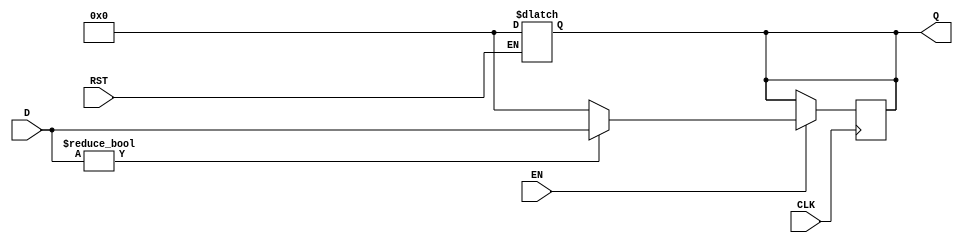
`timescale 1ns / 1ps
//////////////////////////////////////////////////////////////////////////////////
// Company: 
// Engineer: 
// 
// Design Name: 
// Module Name: DFF
// Project Name: 
// Target Devices: 
// Tool Versions: 
// Description: 
// 
// Dependencies: 
// 
// Revision:
// Revision 0.01 - File Created
// Additional Comments:
// 
//////////////////////////////////////////////////////////////////////////////////
module DFF #(parameter WI = 5, WF = 11)
    (
    input CLK,EN,RST,
    input [(WI+WF)-1:0] D, 
    output reg [(WI+WF)-1:0] Q
    );
    
//    initial begin Q = 0; end
    always @(posedge CLK) begin
        if(EN) begin
            if (D != 0) begin
                Q <= D;
            end else begin
                Q <= 0;
            end
        end
    end
    always @(RST) begin
        if (RST) begin
            Q <= 0;
        end
    end
endmodule